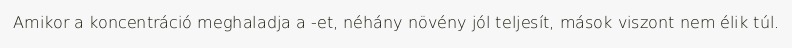
Amikor a koncentráció meghaladja a -et, néhány növény jól teljesít, mások viszont nem élik túl.